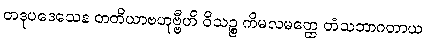
တဒုပဒေသေန တတိယာဗဟုဗ္ဗီဟိ ဝိသဉ္စ ကိမလမတ္ထေ တံသဘာဂတာယ